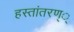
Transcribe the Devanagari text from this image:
हस्तांतरण््